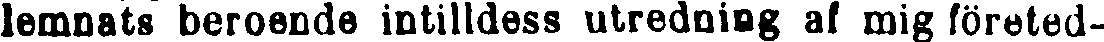
lemnats beroende intilldess utredning af mig företed-